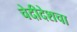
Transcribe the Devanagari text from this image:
चेदीदेशचा